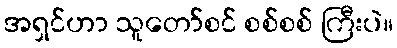
အရှင်ဟာ သူတော်စင် စစ်စစ် ကြီးပဲ။